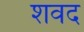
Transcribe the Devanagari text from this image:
शवद